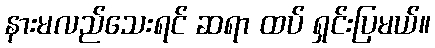
နားမလည်သေးရင် ဆရာ ထပ် ရှင်းပြမယ်။